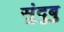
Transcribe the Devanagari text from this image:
सुंदुबु